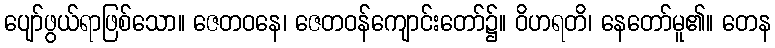
ပျော်ဖွယ်ရာဖြစ်သော။ ဇေတဝနေ၊ ဇေတဝန်ကျောင်းတော်၌။ ဝိဟရတိ၊ နေတော်မူ၏။ တေန